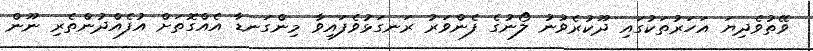
ވޭތުވެދިޔަ އަހަރުތަކުގައި ދޫކުރެވުނު ލޯނުގެ ފެންވަރު ރަނގަޅުވެފައިވާ މިންގަނޑާ އެއްގޮތަށް އުފެއްދުންތެރި ނޫން